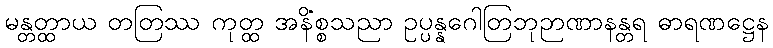
မန္တတ္ထာယ တတြဿ ကုတ္ထ အနိစ္စသညာ ဥပ္ပန္နဂေါတြဘုဉာဏာနန္တရံ ဓာရဏဋ္ဌေန